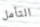
التأمل